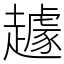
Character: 䟊